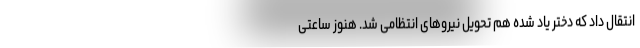
انتقال داد که دختر یاد شده هم تحویل نیرو‌های انتظامی شد. هنوز ساعتی